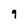
Character: 9